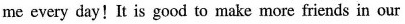
me every day!It is good to make more friends in our